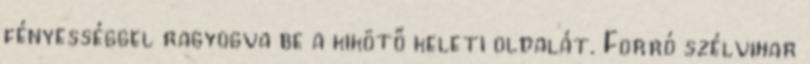
fényességgel ragyogva be a kikötő keleti oldalát. Forró szélvihar